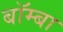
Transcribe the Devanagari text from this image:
बॉम्बा